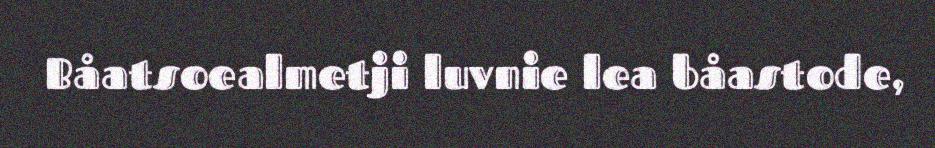
Båatsoealmetji luvnie lea båastode,